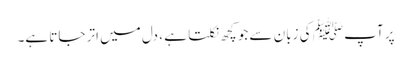
پر آپ ﷺ کی زبان سے جو کچھ نکلتا ہے ، دل میں اتر جاتا ہے۔